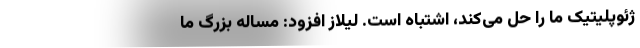
ژئوپلیتیک ما را حل می‌کند، اشتباه است. لیلاز افزود: مساله بزرگ ما